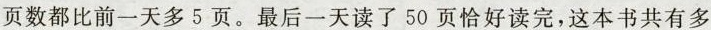
页数都比前一天多5页。最后一天读了50页恰好读完，这本书共有多